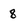
Character: 8